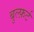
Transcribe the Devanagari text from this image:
बुल्फ़र्ट